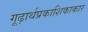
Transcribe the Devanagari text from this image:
गूढ़ार्थप्रकाशिकाकार